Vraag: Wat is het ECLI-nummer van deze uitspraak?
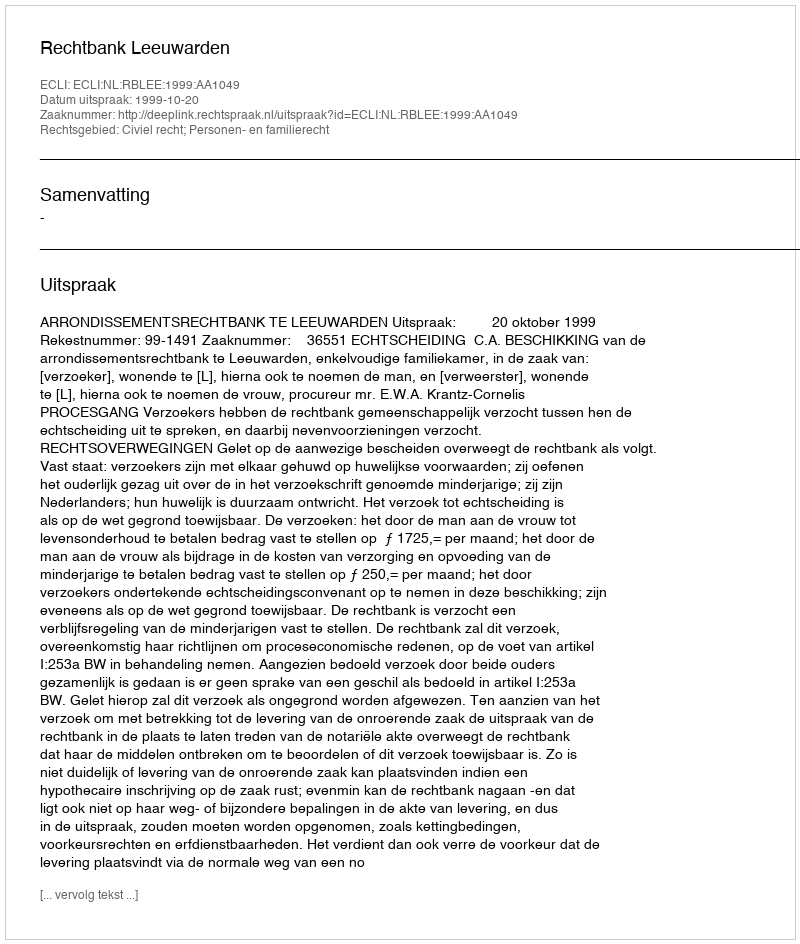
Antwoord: ECLI:NL:RBLEE:1999:AA1049